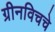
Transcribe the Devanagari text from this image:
ग्रीनविचचे